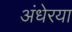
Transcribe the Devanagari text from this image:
अंधेरया